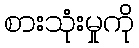
စားသုံးမှုကို